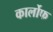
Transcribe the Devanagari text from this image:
कार्लोफ